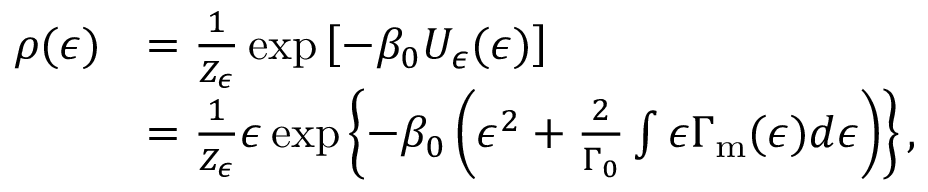
\begin{array} { r l } { \rho ( \epsilon ) } & { = \frac { 1 } { Z _ { \epsilon } } \exp \left[ - \beta _ { 0 } U _ { \epsilon } ( \epsilon ) \right] } \\ & { = \frac { 1 } { Z _ { \epsilon } } \epsilon \exp \left\{ - \beta _ { 0 } \left( \epsilon ^ { 2 } + \frac { 2 } { \Gamma _ { 0 } } \int \epsilon \Gamma _ { \mathrm { m } } ( \epsilon ) d \epsilon \right) \right\} \mathrm { , } } \end{array}